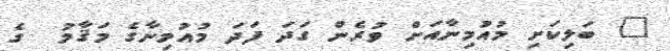
" ބަލިކަށި މުއުމިނާއަށް ވުރެން ގަދަ ފަދަ މުއުމިނާގެ މަޤާމު  ގެ